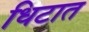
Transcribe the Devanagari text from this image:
धिटात